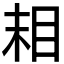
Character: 𬑉